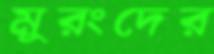
মুরংদের